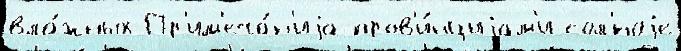
вла́жных Пр'им'еча́н'иjа пров'и́нциjам'и сол'́ноjе